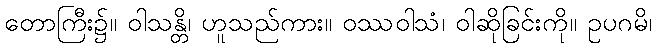
တောကြီး၌။ ဝါသန္တိ၊ ဟူသည်ကား။ ဝဿဝါသံ၊ ဝါဆိုခြင်းကို။ ဥပဂမိ၊